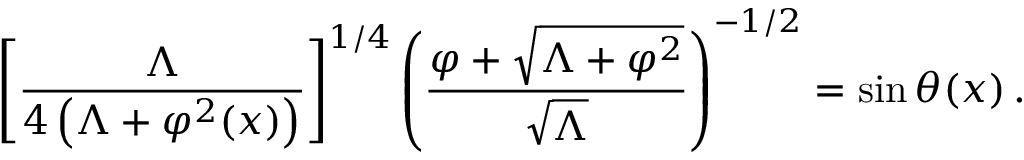
\left[ \frac { \Lambda } { 4 \left( \Lambda + \varphi ^ { 2 } ( x ) \right) } \right] ^ { 1 / 4 } \left( \frac { \varphi + \sqrt { \Lambda + \varphi ^ { 2 } } } { \sqrt { \Lambda } } \right) ^ { - 1 / 2 } = \sin \theta ( x ) \, .